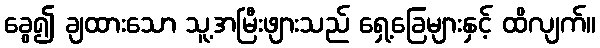
ခွေ၍ ချထားသော သူ့အမြီးဖျားသည် ရှေ့ခြေများနှင့် ထိလျက်။